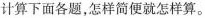
计算下面各题，怎样简便就怎样算。